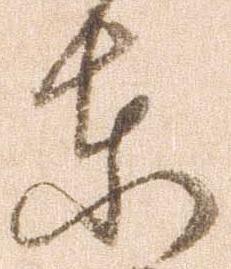
東